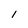
Character: l